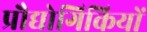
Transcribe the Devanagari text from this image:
प्रौद्योगिकियों